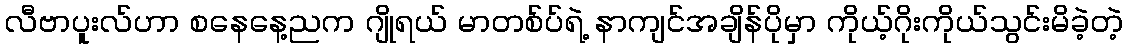
လီဗာပူးလ်ဟာ စနေနေ့ညက ဂျိုရယ် မာတစ်ပ်ရဲ့ နာကျင်အချိန်ပိုမှာ ကိုယ့်ဂိုးကိုယ်သွင်းမိခဲ့တဲ့